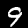
Digit: 9